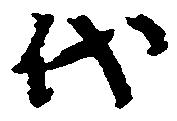
代